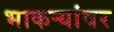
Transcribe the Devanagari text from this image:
भाकऱ्यांवर